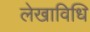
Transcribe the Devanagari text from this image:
लेखाविधि